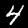
Digit: 4